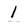
Character: l